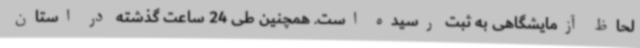
لحاظ آزمایشگاهی به ثبت رسیده است. همچنین طی 24 ساعت گذشته در استان